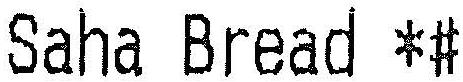
SAHA BREAD *#